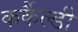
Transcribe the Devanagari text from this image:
कर्कैल्डी